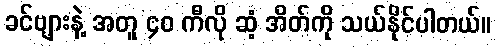
ခင်ဗျားနဲ့ အတူ ၄၀ ကီလို ဆံ့ အိတ်ကို သယ်နိုင်ပါတယ်။